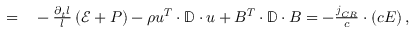
\begin{array} { r l } { = } & { { } - \frac { \partial _ { t } l } { l } \left( \mathcal { E } + P \right) - \rho \boldsymbol { u ^ { T } } \cdot \mathbb { D } \cdot \boldsymbol { u } + \boldsymbol { B ^ { T } } \cdot \mathbb { D } \cdot \boldsymbol { B } = - \frac { \boldsymbol { j } _ { C R } } { c } \cdot \left( c \boldsymbol { E } \right) , } \end{array}